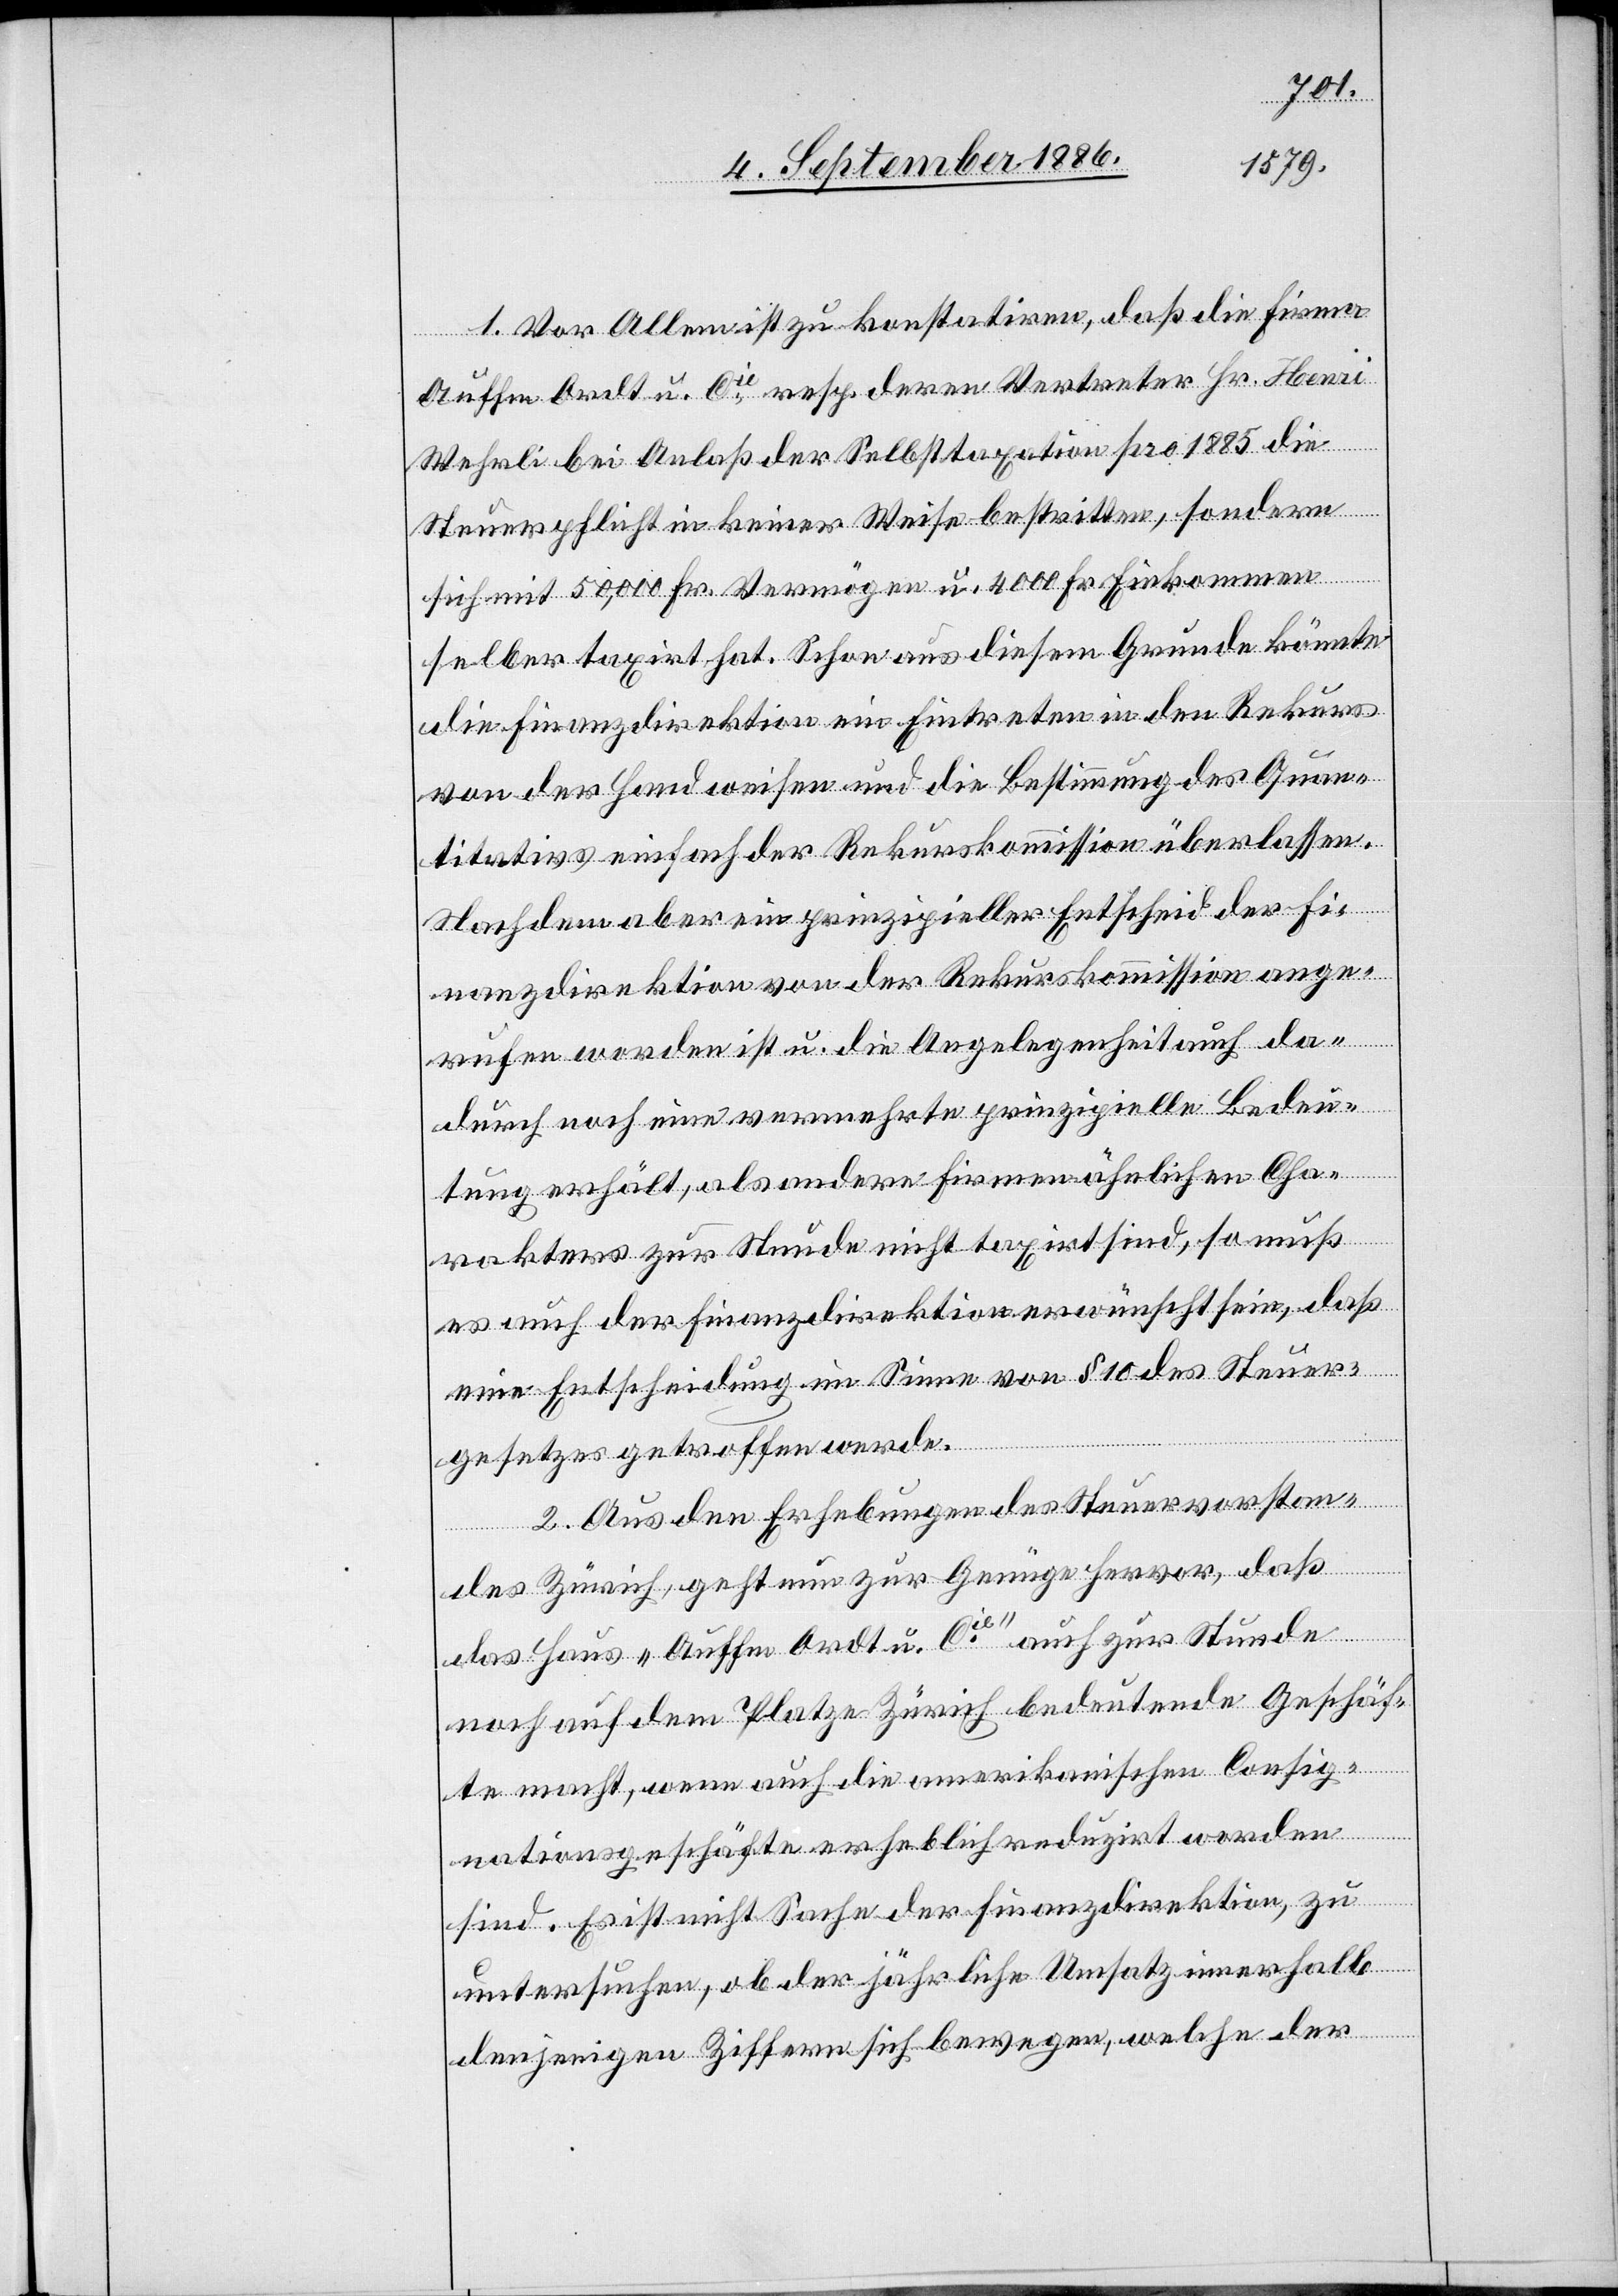
1. Vor Allem ist zu konstatiren, daß die Firma
Auffm Ordt u. Cie resp. deren Vertreter Hr. Hen¬
Wehrli bei Anlaß der Selbsttaxation pro 1885 die
Steuerpflicht in keiner Weise bestritten, sondern
sich mit 50,000 Fr. Vermögen u. 4000 Fr. Einkommen
selber taxirt hat. Schon aus diesem Grunde könnte
die Finanzdirektion ein Eintreten in den Rekurs
von der Hand weisen und die Bestimmung des Quan¬
titativs einfach der Rekurskommission überlassen.
Nachdem aber ein prinzipieller Entscheid der Fi¬
nanzdirektion von der Rekurskommission ange¬
rufen worden ist u. die Angelegenheit auch da¬
durch noch eine vermehrte prinzipielle Bedeu¬
tung erhält, als andere Firmen ähnlichen Cha¬
rakters zur Stunde nicht taxirt sind, so muß
es auch der Finanzdirektion erwünscht sein, daß
eine Entscheidung im Sinne von § 10 des Steuer¬
gesetzes getroffen werde.
2. Aus den Erhebungen des Steuervorstan¬
des Zürich, geht nun zur Genüge hervor, daß
das Haus „Auffm Ordt u. Cie“ auch zur Stunde
noch auf dem Platze Zürich bedeutende Geschäf¬
te macht, wenn auch die amerikanischen Consig¬
nationsgeschäfte erheblich reduzirt worden
ri
sind. Es ist nicht Sache der Finanzdirektion, zu
untersuchen, ob der jährliche Umsatz innerhalb
denjenigen Ziffern sich bewegen, welche der